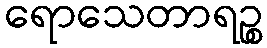
ရောသေတာရဉ္စ